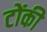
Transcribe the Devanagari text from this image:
टोंकी